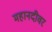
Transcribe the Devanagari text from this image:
महानदीवर